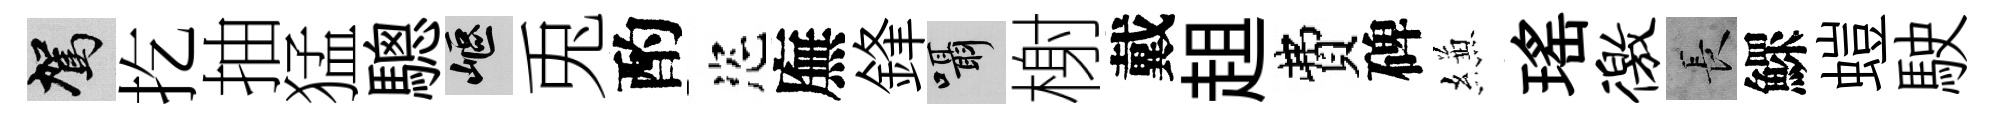
駕扢抽猛驄嶇兎酌恣廡鋒囁榭戴趄費碑縑瑤徼长鰥螘駛